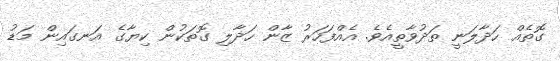
ގޮތެއް ހަދާލަނީ ތަދުވާތީއެވެ. އެއްފަހަރު ޒާން ހަދާލި ގޮތަކުން ކިޔާގެ އަނގައިން މަޑު